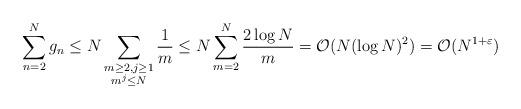
LaTeX: \begin{align*} \sum_{n=2}^N g_n & \le N \sum_{\substack{m \ge 2, j \ge 1\\m^j \le N}} \frac 1 m \le N \sum_{m=2}^N \frac{2 \log N} m = \mathcal O(N (\log N)^2) = \mathcal O(N^{1+\varepsilon}) \end{align*}